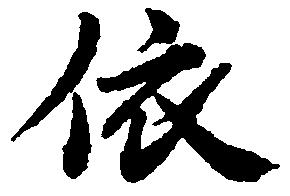
依